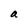
Character: a